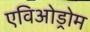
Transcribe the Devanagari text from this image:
एविओड्रोम